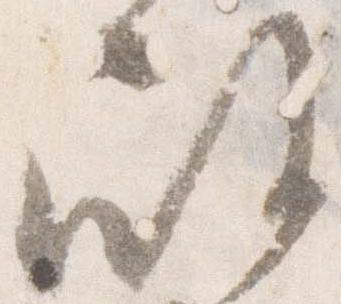
殿